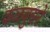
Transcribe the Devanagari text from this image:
कळंबुसरे